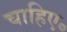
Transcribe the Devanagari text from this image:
चाहिए॰